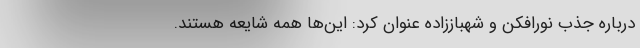
درباره جذب نورافکن و شهباززاده عنوان کرد: این‌ها همه شایعه هستند.